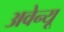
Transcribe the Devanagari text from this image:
अवेन्यू